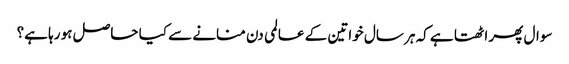
سوال پھر اٹھتا ہے کہ ہر سال خواتین کے عالمی دن منانے سے کیا حاصل ہو رہا ہے؟